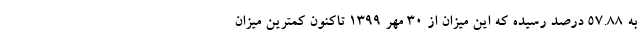
به ۵۷.۸۸ درصد رسیده که این میزان از ۳۰ مهر ۱۳۹۹ تاکنون کمترین میزان